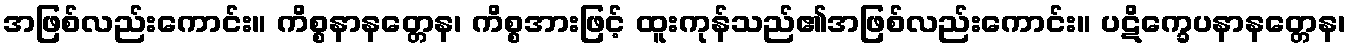
အဖြစ်လည်းကောင်း။ ကိစ္စနာနတ္တေန၊ ကိစ္စအားဖြင့် ထူးကုန်သည်၏အဖြစ်လည်းကောင်း။ ပဋိက္ခေပနာနတ္တေန၊